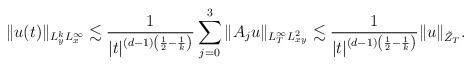
\begin{align*}\|u(t)\|_{L^k_yL^\infty_x} \lesssim\frac{1}{|t|^{(d-1)\left(\frac{1}{2}-\frac{1}{k}\right)}}\sum_{j=0}^3\|A_j u\|_{L^\infty_TL^2_{xy}}\lesssim \frac{1}{|t|^{(d-1)\left(\frac{1}{2}-\frac{1}{k}\right)}}\|u\|_{\tilde Z_T}.\end{align*}